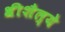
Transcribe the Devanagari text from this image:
श्रीशैल्ये